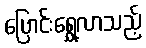
ပြောင်းရွှေ့လာသည့်